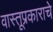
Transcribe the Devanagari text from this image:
वास्तूप्रकाराचे